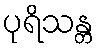
ပုရိသန္တ